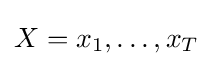
X=x_{1},\ldots ,x_{T}